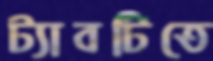
ট্যাবটিতে